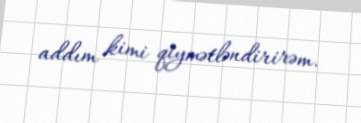
addım kimi qiymətləndirirəm.